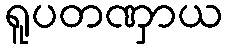
ရူပတဏှာယ